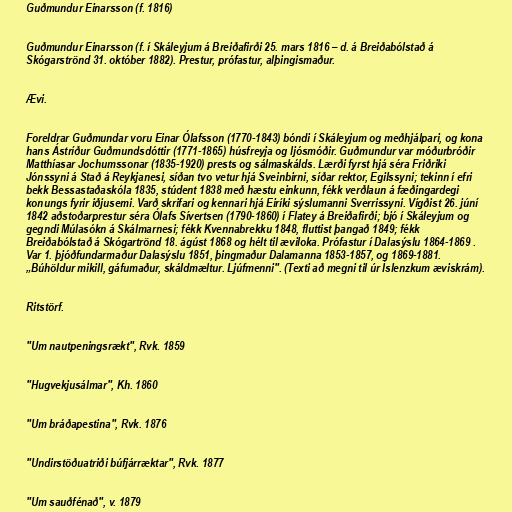
Guðmundur Einarsson (f. 1816)

Guðmundur Einarsson (f. í Skáleyjum á Breiðafirði 25. mars 1816 – d. á Breiðabólstað á
Skógarströnd 31. október 1882). Prestur, prófastur, alþingismaður.

Ævi.

Foreldrar Guðmundar voru Einar Ólafsson (1770-1843) bóndi í Skáleyjum og meðhjálpari, og kona
hans Ástríður Guðmundsdóttir (1771-1865) húsfreyja og ljósmóðir. Guðmundur var móðurbróðir
Matthíasar Jochumssonar (1835-1920) prests og sálmaskálds. Lærði fyrst hjá séra Friðriki
Jónssyni á Stað á Reykjanesi, síðan tvo vetur hjá Sveinbirni, síðar rektor, Egilssyni; tekinn í efri
bekk Bessastaðaskóla 1835, stúdent 1838 með hæstu einkunn, fékk verðlaun á fæðingardegi
konungs fyrir iðjusemi. Varð skrifari og kennari hjá Eiríki sýslumanni Sverrissyni. Vígðist 26. júní
1842 aðstoðarprestur séra Ólafs Sívertsen (1790-1860) í Flatey á Breiðafirði; bjó í Skáleyjum og
gegndi Múlasókn á Skálmarnesi; fékk Kvennabrekku 1848, fluttist þangað 1849; fékk
Breiðabólstað á Skógartrönd 18. ágúst 1868 og hélt til æviloka. Prófastur í Dalasýslu 1864-1869 .
Var 1. þjóðfundarmaður Dalasýslu 1851, þingmaður Dalamanna 1853-1857, og 1869-1881.
„Búhöldur mikill, gáfumaður, skáldmæltur. Ljúfmenni". (Texti að megni til úr Íslenzkum æviskrám).

Ritstörf.

"Um nautpeningsrækt", Rvk. 1859

"Hugvekjusálmar", Kh. 1860

"Um bráðapestina", Rvk. 1876

"Undirstöðuatriði búfjárræktar", Rvk. 1877

"Um sauðfénað", v. 1879